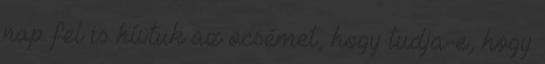
nap fel is hívtuk az öcsémet, hogy tudja-e, hogy